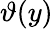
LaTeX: \vartheta(y)